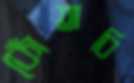
কোঁতাবি